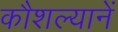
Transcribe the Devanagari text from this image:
कौशल्यानें